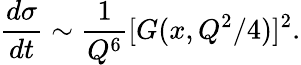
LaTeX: \frac{d\sigma}{dt}\sim\frac{1}{Q^{6}}[G(x,Q^{2}/4)]^{2}.